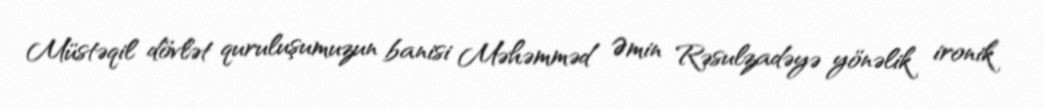
Müstəqil dövlət quruluşumuzun banisi Məhəmməd Əmin Rəsulzadəyə yönəlik ironik